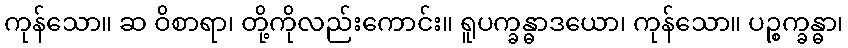
ကုန်သော။ ဆ ဝိစာရာ၊ တို့ကိုလည်းကောင်း။ ရူပက္ခန္ဓာဒယော၊ ကုန်သော။ ပဉ္စက္ခန္ဓာ၊